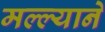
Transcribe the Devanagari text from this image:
मल्ल्याने